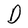
Character: D